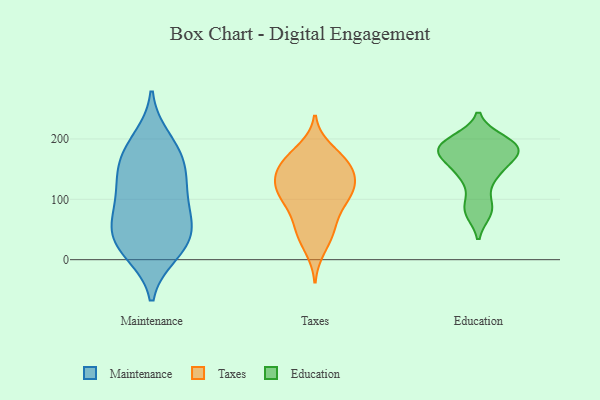
{"axis": {"x": "Net Income (USD K)", "y": "Value"}, "legend": ["Education", "Maintenance", "Taxes"], "data": [{"x": "", "y": 84, "type": "Maintenance"}, {"x": "", "y": 164, "type": "Maintenance"}, {"x": "", "y": 46, "type": "Maintenance"}, {"x": "", "y": 32, "type": "Maintenance"}, {"x": "", "y": 113, "type": "Maintenance"}, {"x": "", "y": 34, "type": "Maintenance"}, {"x": "", "y": 136, "type": "Maintenance"}, {"x": "", "y": 200, "type": "Maintenance"}, {"x": "", "y": 126, "type": "Maintenance"}, {"x": "", "y": 11, "type": "Maintenance"}, {"x": "", "y": 77, "type": "Maintenance"}, {"x": "", "y": 61, "type": "Maintenance"}, {"x": "", "y": 163, "type": "Maintenance"}, {"x": "", "y": 14, "type": "Maintenance"}, {"x": "", "y": 185, "type": "Maintenance"}, {"x": "", "y": 106, "type": "Taxes"}, {"x": "", "y": 150, "type": "Taxes"}, {"x": "", "y": 144, "type": "Taxes"}, {"x": "", "y": 159, "type": "Taxes"}, {"x": "", "y": 119, "type": "Taxes"}, {"x": "", "y": 142, "type": "Taxes"}, {"x": "", "y": 184, "type": "Taxes"}, {"x": "", "y": 121, "type": "Taxes"}, {"x": "", "y": 43, "type": "Taxes"}, {"x": "", "y": 17, "type": "Taxes"}, {"x": "", "y": 90, "type": "Taxes"}, {"x": "", "y": 111, "type": "Taxes"}, {"x": "", "y": 163, "type": "Taxes"}, {"x": "", "y": 48, "type": "Taxes"}, {"x": "", "y": 172, "type": "Taxes"}, {"x": "", "y": 88, "type": "Taxes"}, {"x": "", "y": 58, "type": "Taxes"}, {"x": "", "y": 119, "type": "Taxes"}, {"x": "", "y": 80, "type": "Education"}, {"x": "", "y": 177, "type": "Education"}, {"x": "", "y": 87, "type": "Education"}, {"x": "", "y": 141, "type": "Education"}, {"x": "", "y": 198, "type": "Education"}, {"x": "", "y": 187, "type": "Education"}, {"x": "", "y": 191, "type": "Education"}, {"x": "", "y": 176, "type": "Education"}, {"x": "", "y": 177, "type": "Education"}, {"x": "", "y": 141, "type": "Education"}]}